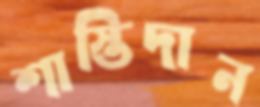
শাস্তিদান